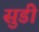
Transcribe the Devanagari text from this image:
सुडी